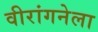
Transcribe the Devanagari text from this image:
वीरांगनेला